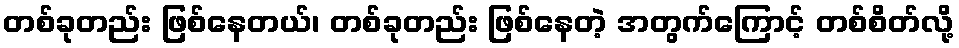
တစ်ခုတည်း ဖြစ်နေတယ်၊ တစ်ခုတည်း ဖြစ်နေတဲ့ အတွက်ကြောင့် တစ်စိတ်လို့